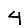
Digit: 4